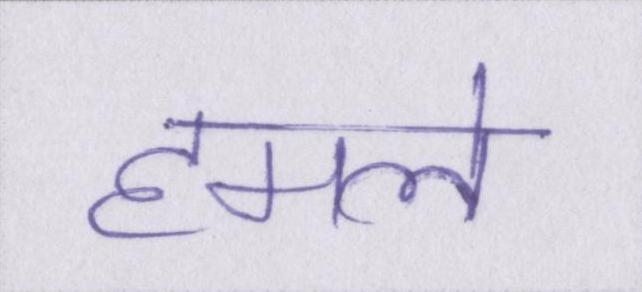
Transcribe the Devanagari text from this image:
हमले